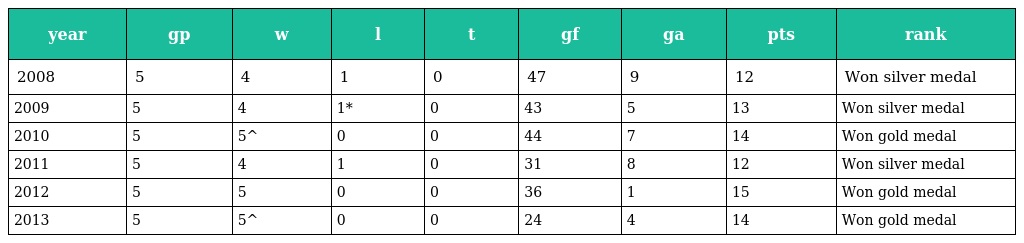
| year | gp | w | l | t | gf | ga | pts | rank |
 | --- | --- | --- | --- | --- | --- | --- | --- | --- |
 | 2008 | 5 | 4 | 1 | 0 | 47 | 9 | 12 | Won silver medal |
 | 2009 | 5 | 4 | 1* | 0 | 43 | 5 | 13 | Won silver medal |
 | 2010 | 5 | 5^ | 0 | 0 | 44 | 7 | 14 | Won gold medal |
 | 2011 | 5 | 4 | 1 | 0 | 31 | 8 | 12 | Won silver medal |
 | 2012 | 5 | 5 | 0 | 0 | 36 | 1 | 15 | Won gold medal |
 | 2013 | 5 | 5^ | 0 | 0 | 24 | 4 | 14 | Won gold medal |